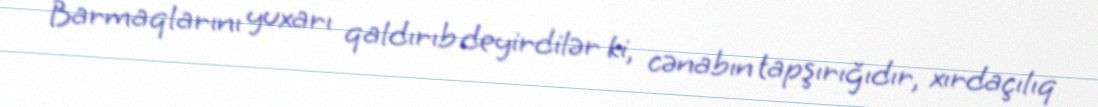
Barmaqlarını yuxarı qaldırıb deyirdilər ki, cənabın tapşırığıdır, xırdaçılıq